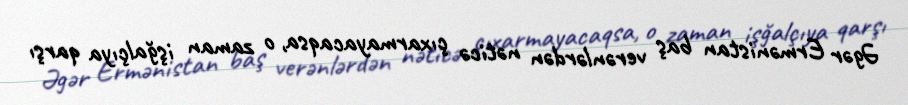
Əgər Ermənistan baş verənlərdən nəticə çıxarmayacaqsa, o zaman işğalçıya qarşı